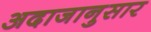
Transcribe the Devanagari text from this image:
अदाजानुसार